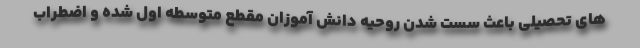
های تحصیلی باعث سست شدن روحیه دانش آموزان مقطع متوسطه اول شده و اضطراب